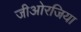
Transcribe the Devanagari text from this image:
जीओरजिया